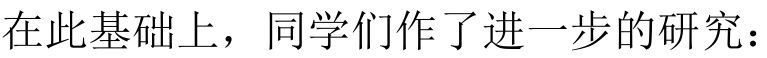
在此基础上，同学们作了进一步的研究：